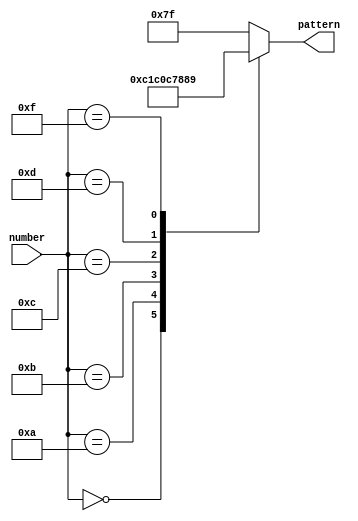
//////////////////////////////////////////////////////////////////////////////////
// Company:      UCD School of Electrical and Electronic Engineering
// Project:        Display Interface Design
// Target Device: XC7A100T-csg324 on Digilent Nexys-4 board
// Description:   Look-up table to map 4-bit input to 7-bit output,
//    to show value in hexadecimal on 7-segment display, segment signals active low.
//   Segment naming as shown below.  Segment pattern output in order ABCDEFG
//          --- A ---
//         |           |
//         F          B
//         |           |
//          --- G ---
//         |           |
//         E          C
//         |           |
//          --- D ---
//
// Revision 0 - File Created, 29 September 2014
// Revision 1 - Comments modified, 12 October 2015
//////////////////////////////////////////////////////////////////////////////////

module hex2seg (
   input [3:0] number,      // 4-bit number
   output reg [6:0] pattern );      // 7-segment pattern - ABCDEFG
   
// look-up table to convert 4-bit value to 7-segment pattern (0 = on)
   always @ (number)
      case(number)
         4'h0:  pattern = 7'b0000001;  // display 0
         4'hA:  pattern = 7'b1000001;  //U
         4'hB:  pattern = 7'b1100000;  //B
         4'hC:  pattern = 7'b0110001;  //C
         4'hD:  pattern = 7'b1110001;  //L
         4'hE:  pattern = 7'b1111111;  //Blank
         4'hF:  pattern = 7'b0001001;  //N
         default: pattern = 7'b1111111;
         
      endcase  // no need for default, as all possibilities covered

endmodule